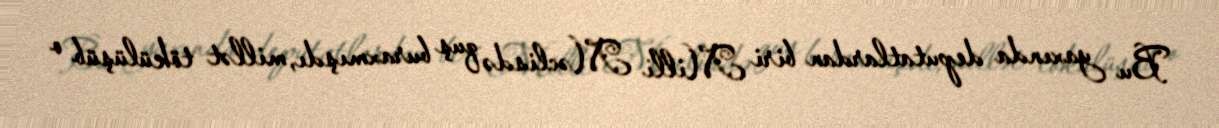
Bu yaxında deputatlardan biri Milli Məclisdə quş buraxmışdı, millət tökülüşüb o